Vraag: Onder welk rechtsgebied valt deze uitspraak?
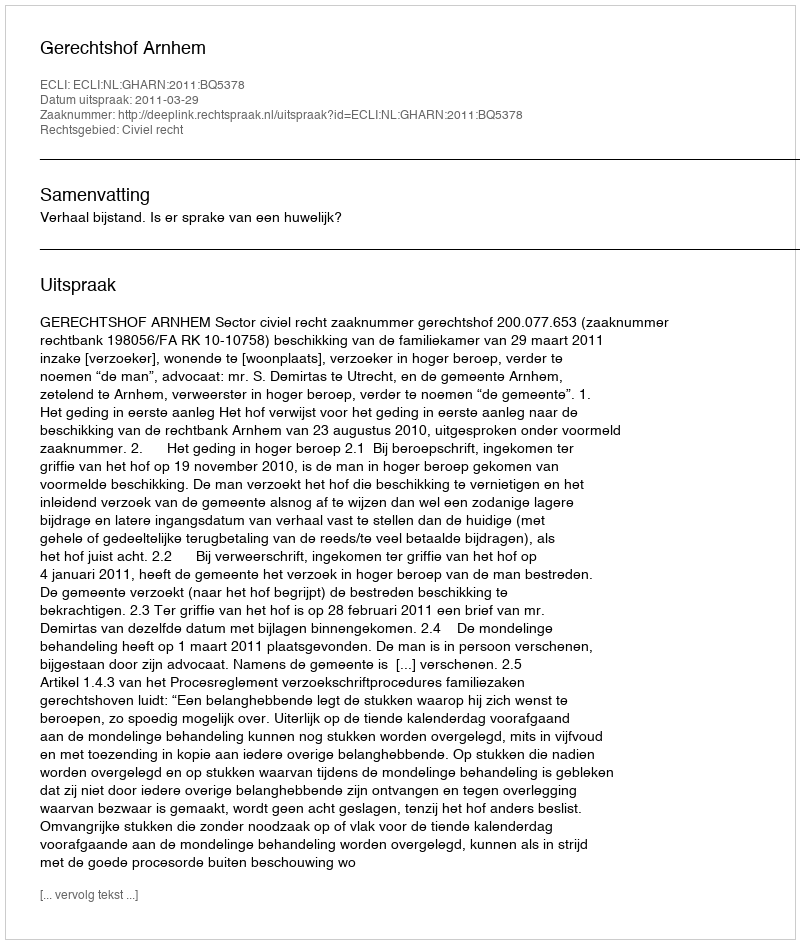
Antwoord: Civiel recht